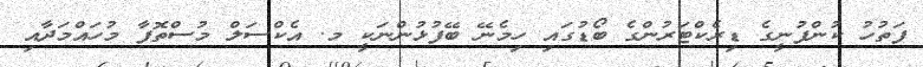
ފަތުހު ކުންފުނީގެ ޑިރެކްޓަރުންގެ ބޯޑުގައި ހިމެނޭ ބޭފުޅުންނަކީ މ. އެކްސަލް މުސްތޮފާ މުހައްމަދާއި